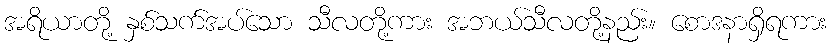
အရိယာတို့ နှစ်သက်အပ်သော သီလတို့ကား အဘယ်သီလတို့နည်း။ စောဒနာရှိရကား